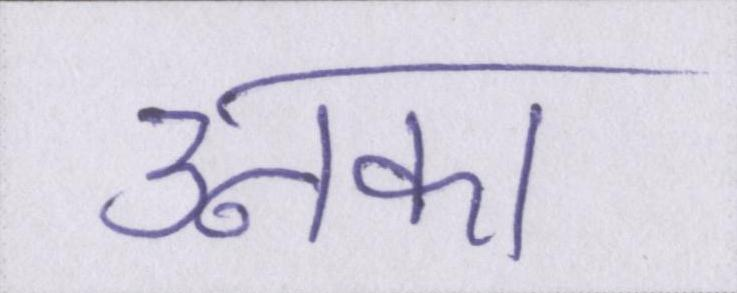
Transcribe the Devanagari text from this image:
उनका